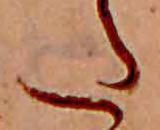
た